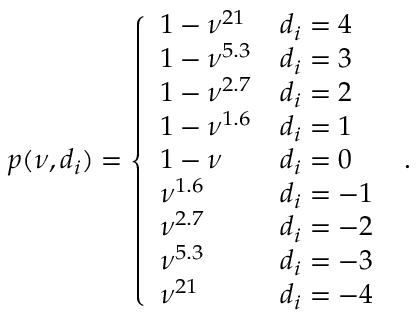
p ( \nu , d _ { i } ) = \left\{ \begin{array} { l l } { 1 - \nu ^ { 2 1 } } & { d _ { i } = 4 \, } \\ { 1 - \nu ^ { 5 . 3 } } & { d _ { i } = 3 \, } \\ { 1 - \nu ^ { 2 . 7 } } & { d _ { i } = 2 \, } \\ { 1 - \nu ^ { 1 . 6 } } & { d _ { i } = 1 \, } \\ { 1 - \nu } & { d _ { i } = 0 \, } \\ { \nu ^ { 1 . 6 } } & { d _ { i } = - 1 \, } \\ { \nu ^ { 2 . 7 } } & { d _ { i } = - 2 \, } \\ { \nu ^ { 5 . 3 } } & { d _ { i } = - 3 \, } \\ { \nu ^ { 2 1 } } & { d _ { i } = - 4 \, } \end{array} \right. \, .